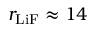
r _ { \mathrm { L i F } } \approx 1 4